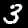
Label: 3